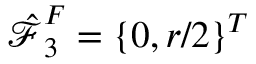
\boldsymbol { \hat { \mathcal { F } } } _ { 3 } ^ { F } = \left\{ 0 , r / 2 \right\} ^ { T }